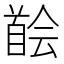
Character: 𩠠